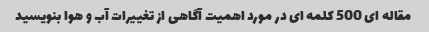
مقاله ای 500 کلمه ای در مورد اهمیت آگاهی از تغییرات آب و هوا بنویسید